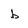
Character: b